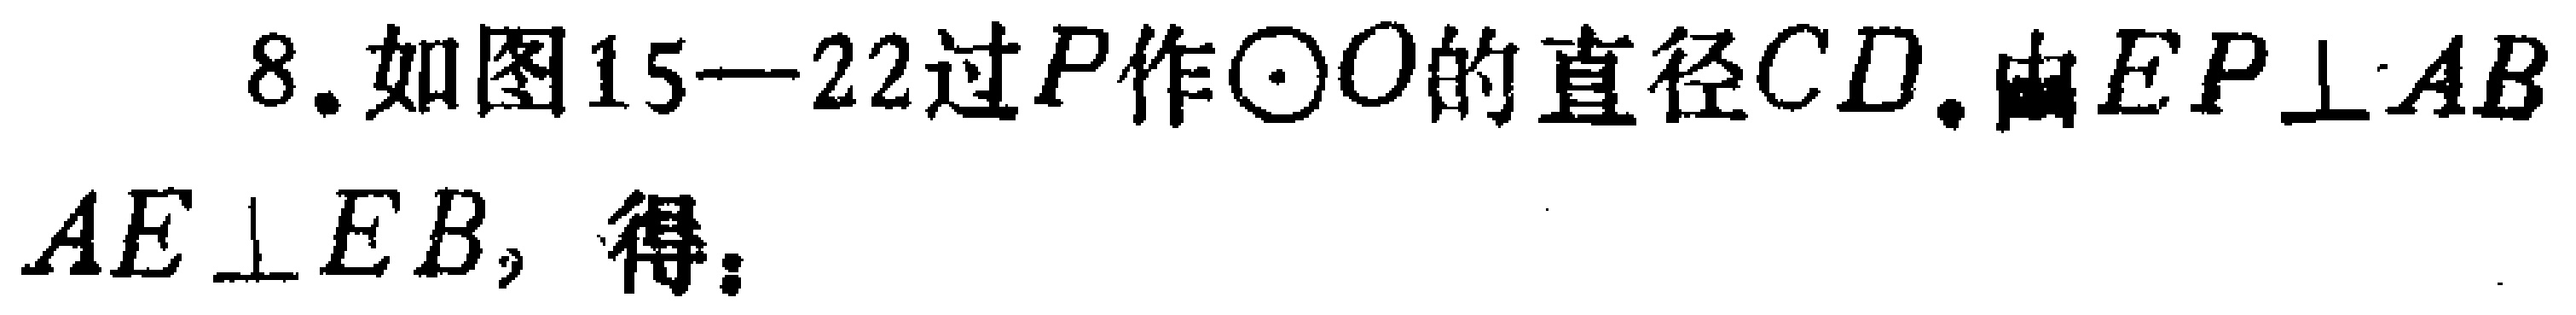
8. 如图15—22过\(P\)作\(\odot O\)的直径\(CD\). 由\(EP\perp AB\) \(AE\perp EB\)，得：